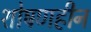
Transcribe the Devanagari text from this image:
शोषणहीन